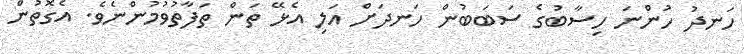
ހަނދު ހުންނަ ހިސާބުގެ ސަބަބުން ހަނދަށް އަލި އެޅޭ ތަން ތަފާތުވުމުންނެވެ. އެގޮތުން